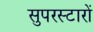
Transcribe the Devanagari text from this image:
सुपरस्टारों